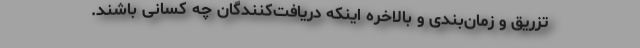
تزریق و زمان‌بندی و بالاخره اینکه دریافت‌کنندگان چه کسانی باشند.